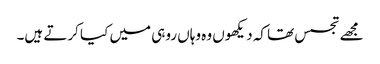
مجھے تجسس تھا کہ دیکھوں وہ وہاں روہی میں کیا کرتے ہیں۔